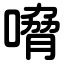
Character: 嗋